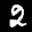
Label: 2